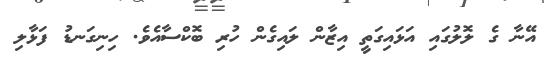
އޭނާ ގެ ލޮލުގައި އަޅައިގަތީ އިޒާން ލައިގެން ހުރި ބޮކްސާއެވެ. ހިނިގަނޑު ފަޅާލި